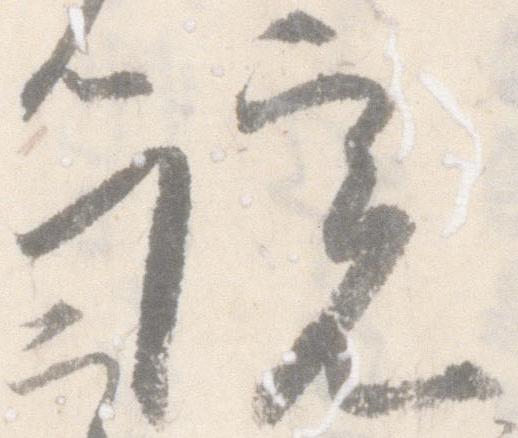
院